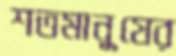
শতমানুষের